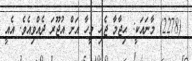
(2278) މާނައަކީ: ޙިޖާމާ ޖެހި މީހާ އަށް އުޖޫރަ ދެއްވިއެވެ. އެއީ